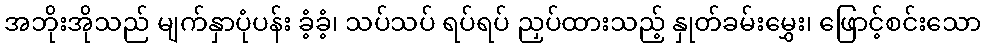
အဘိုးအိုသည် မျက်နှာပုံပန်း ခံ့ခံ့၊ သပ်သပ် ရပ်ရပ် ညှပ်ထားသည့် နှုတ်ခမ်းမွှေး၊ ဖြောင့်စင်းသော